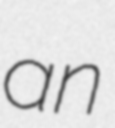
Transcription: an